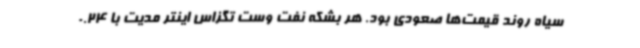
سیاه روند قیمت‌ها صعودی بود. هر بشکه نفت وست تگزاس اینتر مدیت با 0.24